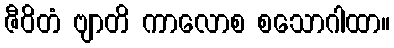
ဇီဝိတံ ဗျာတိ ကာလောစ စသောဂါထာ။